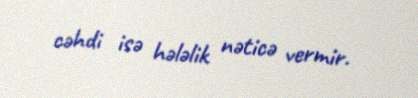
cəhdi isə hələlik nəticə vermir.